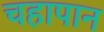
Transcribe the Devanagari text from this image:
चहापान